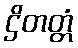
ဌိတတ္တံ